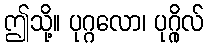
ဤသို့။ ပုဂ္ဂလော၊ ပုဂ္ဂိုလ်